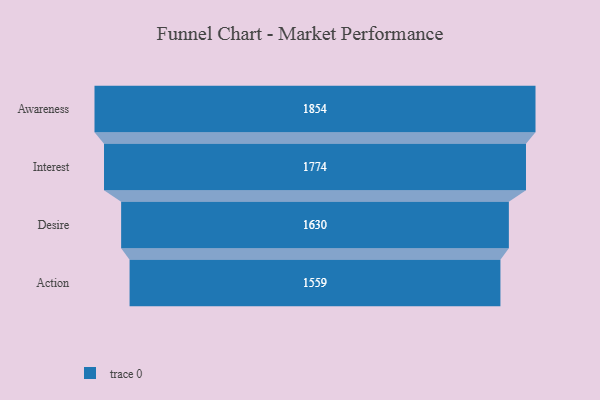
{"axis": {"x": "Stage", "y": "Value"}, "legend": [""], "data": [{"x": "Awareness", "y": 1854.0, "type": ""}, {"x": "Interest", "y": 1774.0, "type": ""}, {"x": "Desire", "y": 1630.0, "type": ""}, {"x": "Action", "y": 1559.0, "type": ""}]}